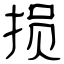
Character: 损